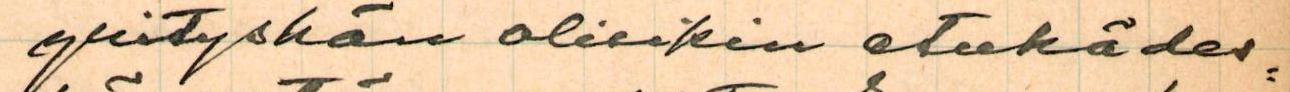
yrityshän olisikin etukädes=